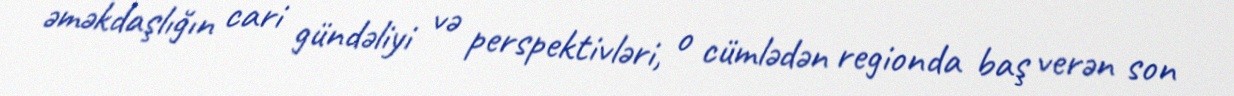
əməkdaşlığın cari gündəliyi və perspektivləri, o cümlədən regionda baş verən son